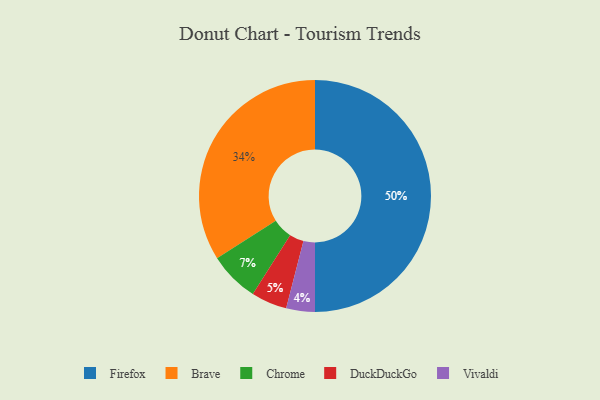
{"axis": {"x": "Category", "y": "Percentage"}, "legend": ["Brave", "Chrome", "DuckDuckGo", "Firefox", "Vivaldi"], "data": [{"x": "Firefox", "y": 50, "type": "Firefox"}, {"x": "Vivaldi", "y": 4, "type": "Vivaldi"}, {"x": "Chrome", "y": 7, "type": "Chrome"}, {"x": "Brave", "y": 34, "type": "Brave"}, {"x": "DuckDuckGo", "y": 5, "type": "DuckDuckGo"}]}